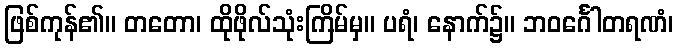
ဖြစ်ကုန်၏။ တတော၊ ထိုဖိုလ်သုံးကြိမ်မှ။ ပရံ၊ နောက်၌။ ဘဝင်္ဂေါတရဏံ၊